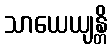
သာယေယျန္တိ